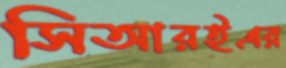
সিআরইএর